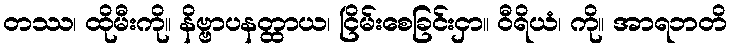
တဿ၊ ထိုမီးကို။ နိဗ္ဗာပနတ္ထာယ၊ ငြိမ်းစေခြင်းငှာ။ ဝီရိယံ၊ ကို။ အာရဘတိ